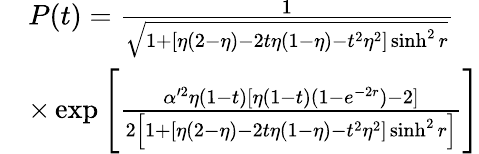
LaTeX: \begin{array}{rl}&{P(t)=\frac{1}{\sqrt{1+[\eta(2-\eta)-2t\eta(1-\eta)-t^{2}\eta^{2}]\sinh^{2}r}}}\\ &{\times\exp\left[\frac{\alpha^{\prime 2}\eta(1-t)[\eta(1-t)(1-e^{-2r})-2]}{2\Big[1+[\eta(2-\eta)-2t\eta(1-\eta)-t^{2}\eta^{2}]\sinh^{2}r\Big]}\right]}\end{array}